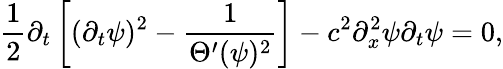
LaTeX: \frac{1}{2}\partial_{t}\left[(\partial_{t}\psi)^{2}-\frac{1}{\Theta^{\prime}(\psi)^{2}}\right]-c^{2}\partial_{x}^{2}\psi\partial_{t}\psi=0,